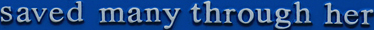
saced many through her